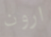
ارون